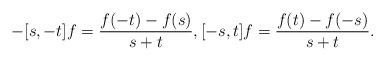
LaTeX: \begin{align*} -[s, -t]f=\frac{f(-t)-f(s)}{s+t}, [-s, t]f =\frac{f(t)-f(-s)}{s+t}.\end{align*}